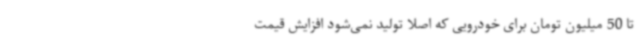
تا 50 میلیون تومان برای خودرویی که اصلا تولید نمی‌شود افزایش قیمت